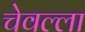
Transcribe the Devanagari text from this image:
चेवल्ला